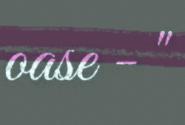
oase - "